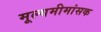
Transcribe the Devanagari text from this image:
मूल्यमीमांसक